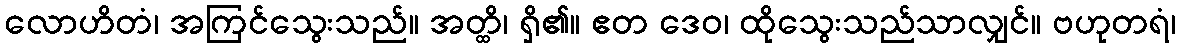
လောဟိတံ၊ အကြင်သွေးသည်။ အတ္ထိ၊ ရှိ၏။ ဧတ ဒေဝ၊ ထိုသွေးသည်သာလျှင်။ ဗဟုတရံ၊